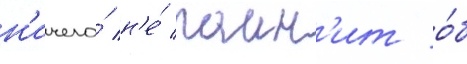
н'ичего́ н'е́ помн'ит о́б